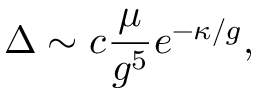
\Delta \sim c { \frac { \mu } { g ^ { 5 } } } e ^ { - \kappa / g } ,